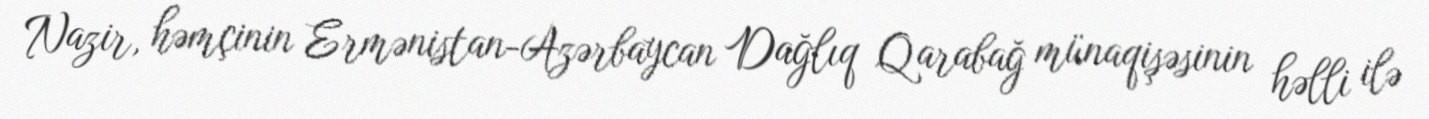
Nazir, həmçinin Ermənistan-Azərbaycan Dağlıq Qarabağ münaqişəsinin həlli ilə